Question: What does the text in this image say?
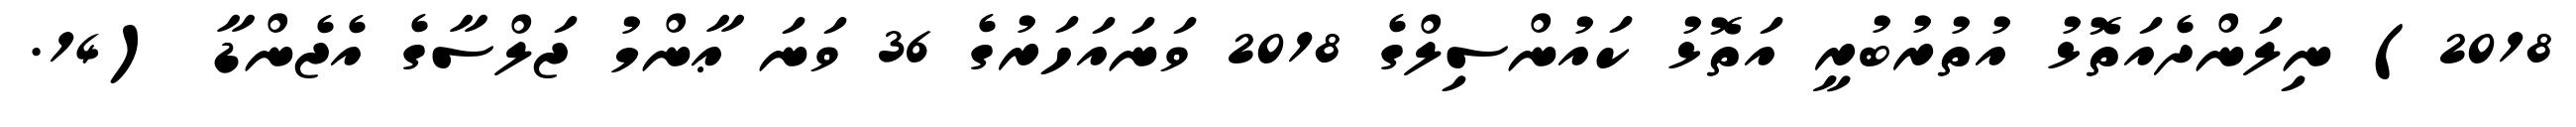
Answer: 2018) ނިލަންދެއަތޮޅު އުތުރުބުރީ އަތޮޅު ކައުންސިލްގެ 2018 ވަނައަހަރުގެ 36 ވަނަ ޢާންމު ޖަލްސާގެ އެޖެންޑާ (14.